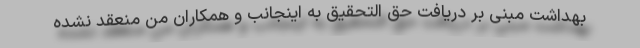
بهداشت مبنی بر دریافت حق التحقیق به اینجانب و همکاران من منعقد نشده